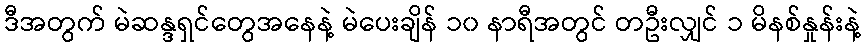
ဒီအတွက် မဲဆန္ဒရှင်တွေအနေနဲ့ မဲပေးချိန် ၁၀ နာရီအတွင် တဦးလျှင် ၁ မိနစ်နှုန်းနဲ့